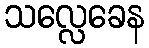
သလ္လေခေန